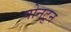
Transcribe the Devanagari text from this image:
पोनटून